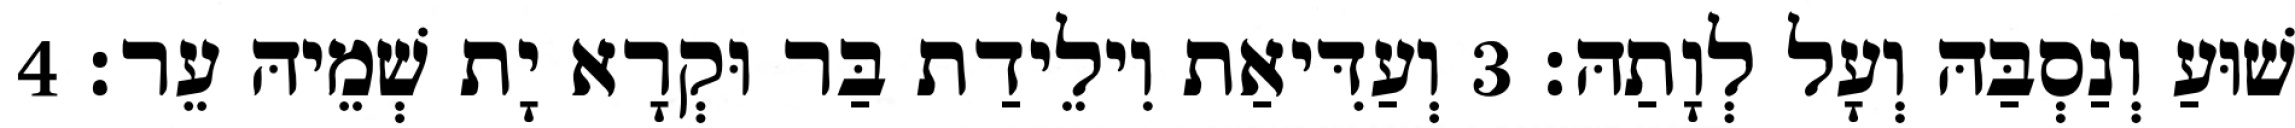
שׁוּעַ וְנַסְבַּהּ וְעָל לְוָתַהּ׃ 3 וְעַדִּיאַת וִילֵידַת בַּר וּקְרָא יָת שְׁמֵיהּ עֵר׃ 4